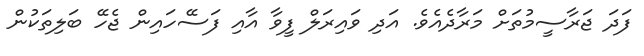
ފަދަ ޖަރާސީމުތަށް މަރާދެއެވެ. އަދި ވައިރަލް ފީވާ އާއި ފަސޭހައިން ޖެހޭ ބަލިތަކުން